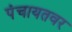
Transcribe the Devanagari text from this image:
पंचायतवर